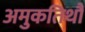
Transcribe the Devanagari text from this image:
अमुकतिथौ